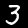
Digit: 3